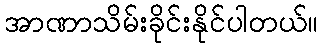
အာဏာသိမ်းခိုင်းနိုင်ပါတယ်။